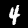
Label: 4